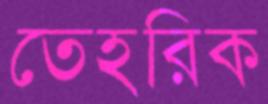
তেহরিক